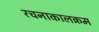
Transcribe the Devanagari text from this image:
रचनाकालक्रम